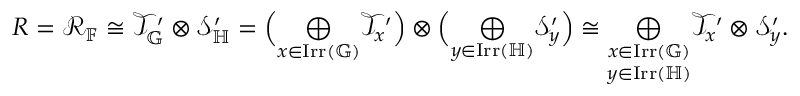
\begin{array} { r } { R = \mathcal { R } _ { \mathbb { F } } \cong \mathcal { T } _ { \mathbb { G } } ^ { \prime } \otimes \mathcal { S } _ { \mathbb { H } } ^ { \prime } = \Big ( \underset { x \in \mathrm { I r r } ( \mathbb { G } ) } { \bigoplus } \mathcal { T } _ { x } ^ { \prime } \Big ) \otimes \Big ( \underset { y \in \mathrm { I r r } ( \mathbb { H } ) } { \bigoplus } \mathcal { S } _ { y } ^ { \prime } \Big ) \cong \underset { y \in \mathrm { I r r } ( \mathbb { H } ) } { \underset { x \in \mathrm { I r r } ( \mathbb { G } ) } { \bigoplus } } \mathcal { T } _ { x } ^ { \prime } \otimes \mathcal { S } _ { y } ^ { \prime } . } \end{array}